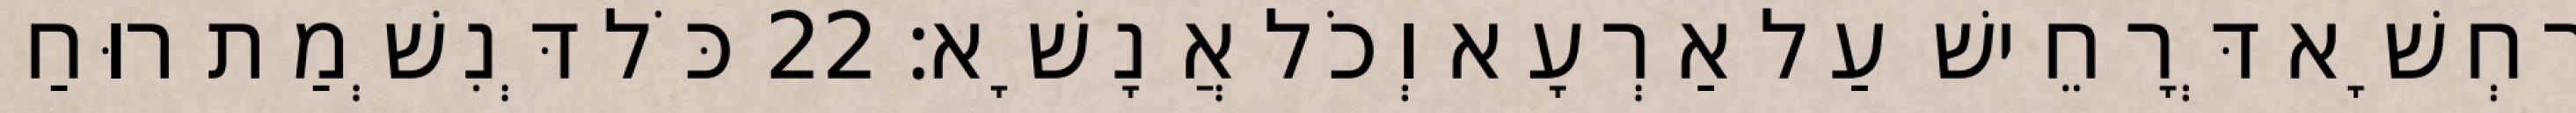
רִחְשָׁא דְּרָחֵישׁ עַל אַרְעָא וְכֹל אֲנָשָׁא׃ 22 כֹּל דְּנִשְׁמַת רוּחַ